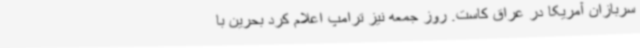
سربازان آمریکا در عراق کاست. روز جمعه نیز ترامپ اعلام کرد بحرین با